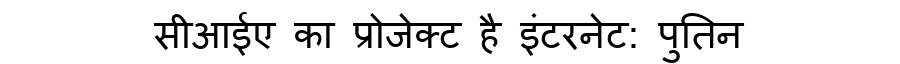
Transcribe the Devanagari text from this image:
सीआईए का प्रोजेक्ट है इंटरनेट: पुतिन